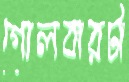
গোলবারটা